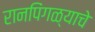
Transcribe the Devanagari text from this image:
रानपिंगळ्याचे